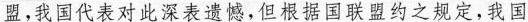
盟，我国代表对此深表遗憾，但根据国联盟约之规定，我国